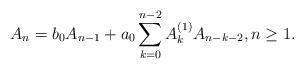
LaTeX: \begin{align*}A_{n}=b_{0} A_{n-1}+a_{0}\sum_{k=0}^{n-2} A_{k}^{(1)} A_{n-k-2},n\geq 1.\end{align*}